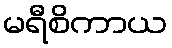
မရီစိကာယ